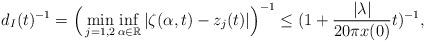
LaTeX: \begin{align*}d_I(t)^{-1}=\Big(\min_{j=1,2}\inf_{\alpha\in \mathbb{R}}|\zeta(\alpha,t)-z_j(t)|\Big)^{-1}\leq (1+\frac{|\lambda|}{20\pi x(0)}t)^{-1},\end{align*}